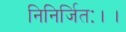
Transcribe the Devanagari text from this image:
निनिर्जितः।।